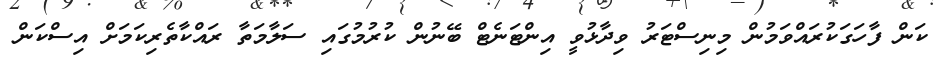
ކަން ފާހަގަކުރައްވަމުން މިނިސްޓަރު ވިދާޅުވީ އިންޓަނެޓް ބޭނުން ކުރުމުގައި ސަލާމަތާ ރައްކާތެރިކަމަށް އިސްކަން